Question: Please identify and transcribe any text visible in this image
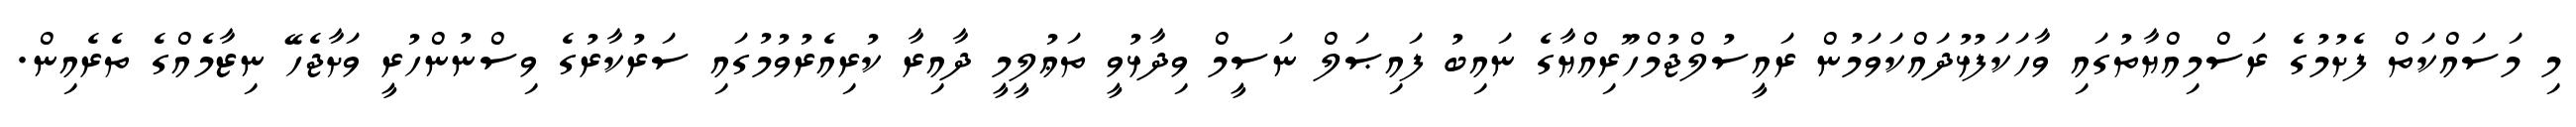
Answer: މި މަސައްކަތް ފެށުމުގެ ރަސްމިއްޔާތުގައި ވާހަކަފުޅުދައްކަވަމުން ރައީސުލްޖުމްހޫރިއްޔާގެ ނައިބު ފައިޞަލް ނަސީމް ވިދާޅުވީ ތަޢުލީމީ ދާއިރާ ކުރިއެރުވުމުގައި ސަރުކާރުގެ ވިސްނުންހުރީ ވަށާޖެހޭ ނިޒާމެއްގެ ތެރެއިން.